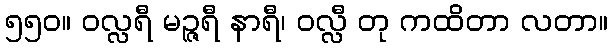
၅၅၀။ ဝလ္လရီ မဉ္ဇရီ နာရီ၊ ဝလ္လီ တု ကထိတာ လတာ။